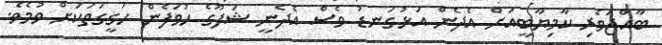
ބާއްޖަވެރި ކާމިޔާބީއަށް އެދެން އަޅުގަނޑު ވެސް އެދެނީ ޝަފޫގެ ހުވަފެން ހަގީގަތަކަށް ވުމެވެ.